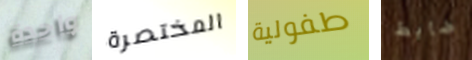
واحدة المختصرة طفولية ضابط